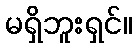
မရှိဘူးရှင်။